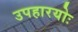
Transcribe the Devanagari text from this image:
उपहारयोः